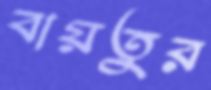
বায়তুর